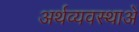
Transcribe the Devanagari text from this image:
अर्थव्यवस्थाअें